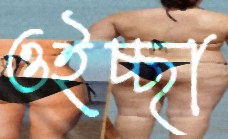
ওইচ্ছা